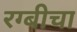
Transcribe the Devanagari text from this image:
रग्बीचा